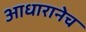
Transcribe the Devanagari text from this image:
आधारानेच